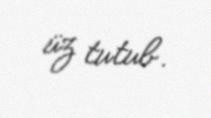
üz tutub.